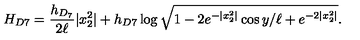
H _ { D 7 } = \frac { h _ { D _ { 7 } } } { 2 \ell } | x _ { 2 } ^ { 2 } | + h _ { D 7 } \log { \sqrt { 1 - 2 e ^ { - | x _ { 2 } ^ { 2 } | } \cos { y / \ell } + e ^ { - 2 | x _ { 2 } ^ { 2 } | } } } .